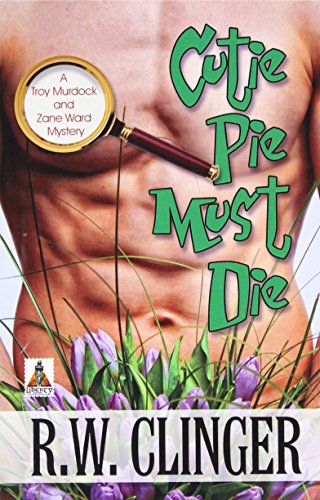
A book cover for Cutie Pie Must Die: A Troy Murdock and Zane Ward Mystery; R.W. Clinger; Romance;